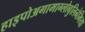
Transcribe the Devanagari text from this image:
हाइपोअगामाग्लोबुलिनेमिया